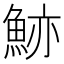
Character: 𩷉